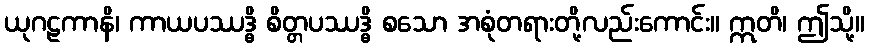
ယုဂဠကာနိ၊ ကာယပဿဒ္ဓိ စိတ္တပဿဒ္ဓိ စသော အစုံတရားတို့လည်းကောင်း။ ဣတိ၊ ဤသို့။